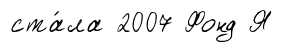
ста́ла 2007 Фонд Я